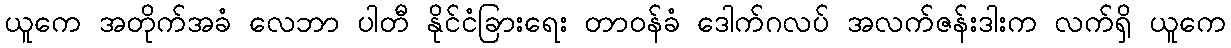
ယူကေ အတိုက်အခံ လေဘာ ပါတီ နိုင်ငံခြားရေး တာဝန်ခံ ဒေါက်ဂလပ် အလက်ဇန်းဒါးက လက်ရှိ ယူကေ